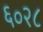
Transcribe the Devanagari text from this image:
६०२८